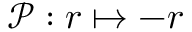
\mathcal { P } : \boldsymbol { r } \mapsto - \boldsymbol { r }